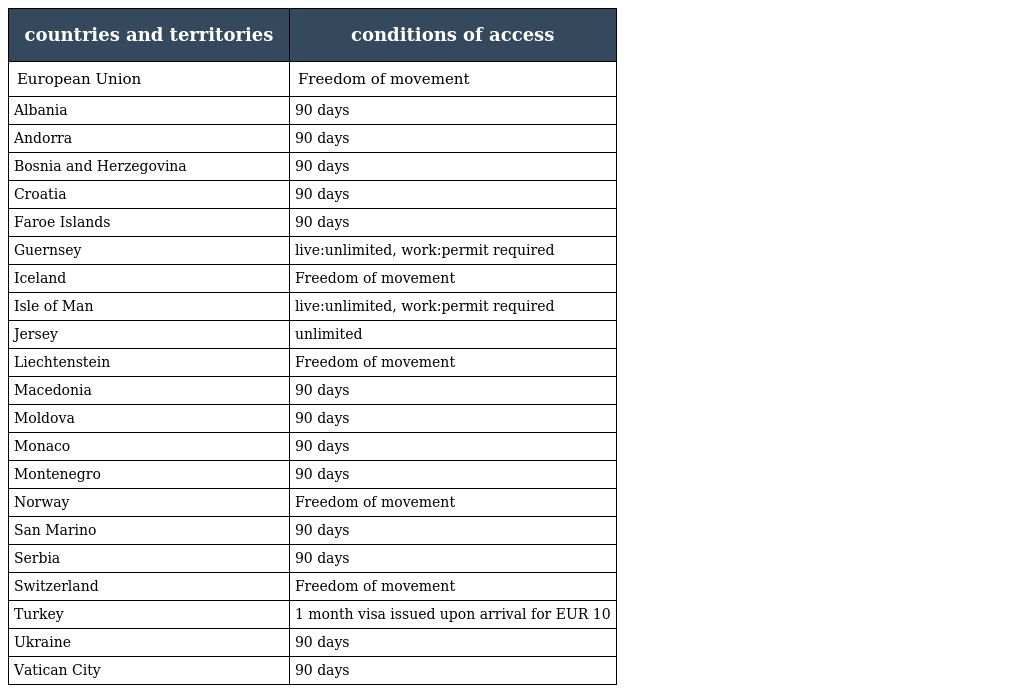
| countries and territories | conditions of access |
 | --- | --- |
 | European Union | Freedom of movement |
 | Albania | 90 days |
 | Andorra | 90 days |
 | Bosnia and Herzegovina | 90 days |
 | Croatia | 90 days |
 | Faroe Islands | 90 days |
 | Guernsey | live:unlimited, work:permit required |
 | Iceland | Freedom of movement |
 | Isle of Man | live:unlimited, work:permit required |
 | Jersey | unlimited |
 | Liechtenstein | Freedom of movement |
 | Macedonia | 90 days |
 | Moldova | 90 days |
 | Monaco | 90 days |
 | Montenegro | 90 days |
 | Norway | Freedom of movement |
 | San Marino | 90 days |
 | Serbia | 90 days |
 | Switzerland | Freedom of movement |
 | Turkey | 1 month visa issued upon arrival for EUR 10 |
 | Ukraine | 90 days |
 | Vatican City | 90 days |